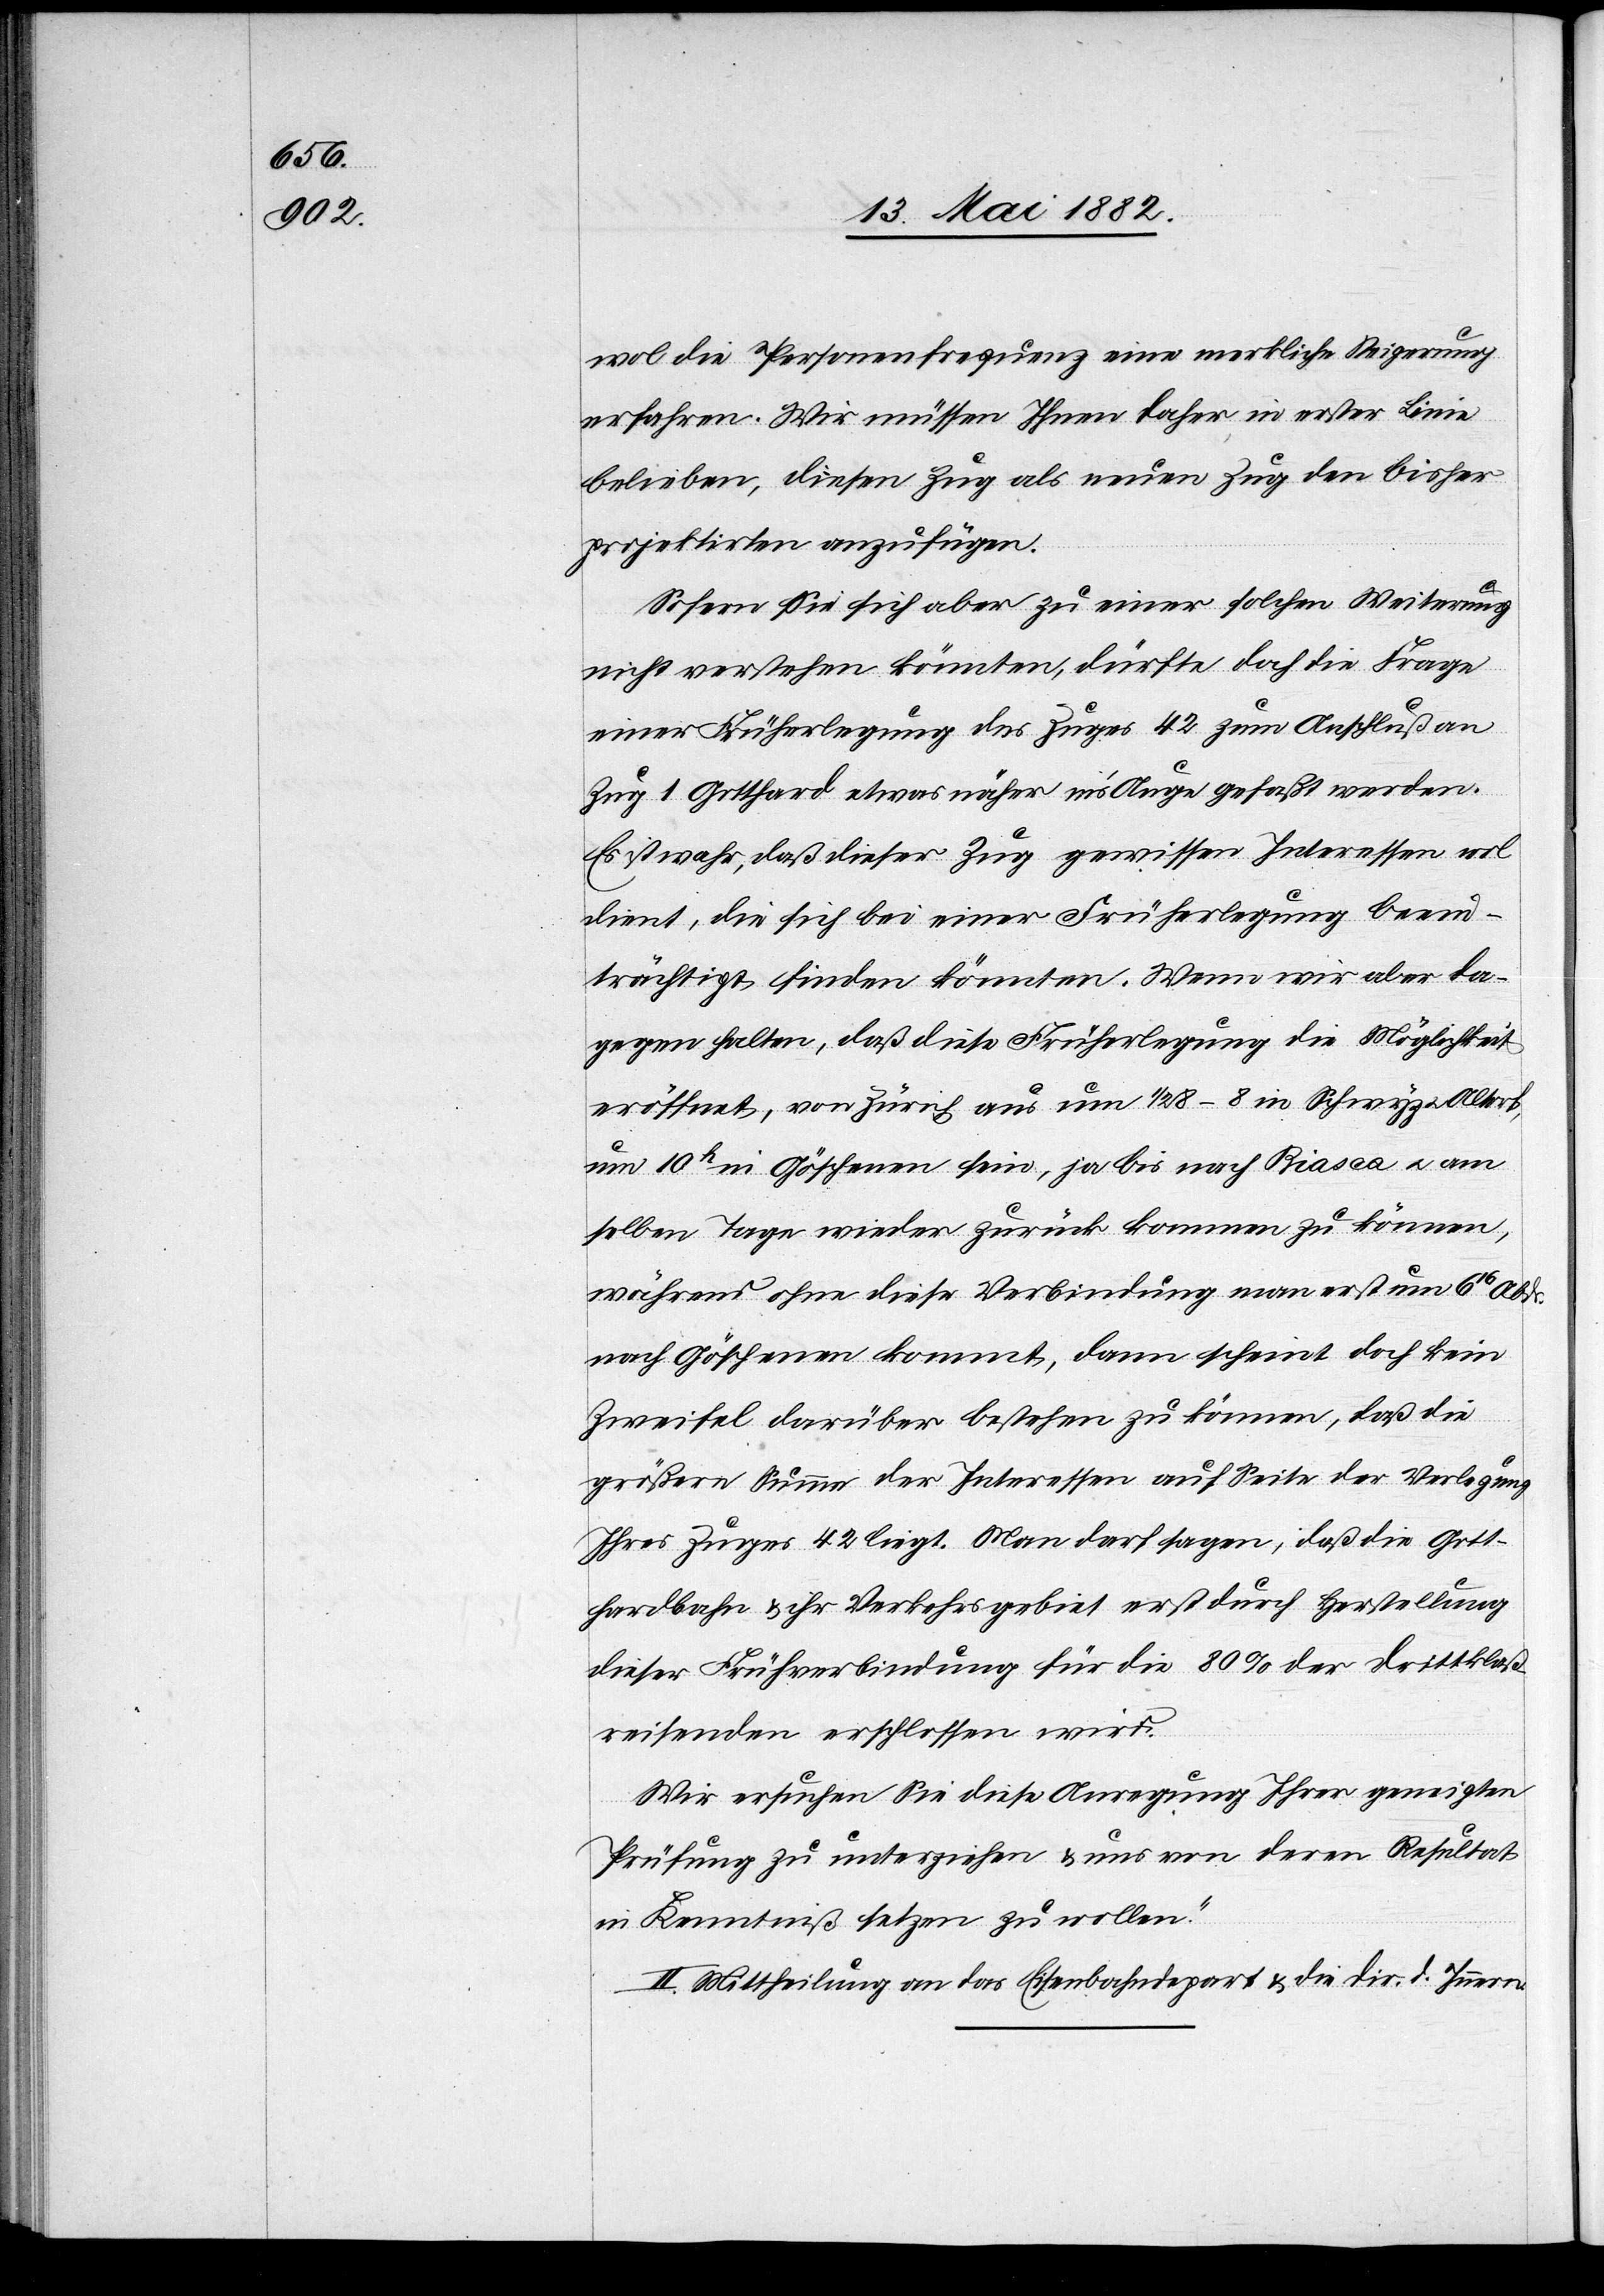
wol die Personenfrequenz eine merkliche Steigerung
erfahren. Wir müssen Ihnen daher in erster Linie
belieben, diesen Zug als neuen Zug den bisher
projektirten anzufügen.
Sofern Sie sich aber zu einer solchen Weisung
nicht verstehen können, dürfte doch die Frage
einer Frühverbindung des Zuges 42 zum Anschluß an
Zug 1 Gotthard etwas näher in’s Auge gefaßt werden.
Es ist wahr, daß dieser Zug gewissen Interessen wol
dient, die sich bei einer Frühverbindung beein¬
trächtigt finden könnten. Wenn wir aber da¬
gegen halten, daß diese Frühverbindung die Möglichkeit
eröffnet, von Zürich aus um 1/2 8–8 in Schwyz & Altorf,
um 10h in Göschenen sein, ja bis nach Biasca u. am
selben Tage wieder zurück kommen zu können,
während ohne diese Verbindung man erst um 616
nach Göschenen kommt, dann scheint doch kein
Zweifel darüber bestehen zu können, daß die
größere Summe der Interessen auf Seite der Verlegung
Ihres Zuges 42 liegt. Man darf sagen, daß die Gott¬
hardbahn & ihr Verkehrsgebiet erst durch Herstellung
dieser Frühverbindung für die 80% der Drittklaß¬
reisenden erschlossen wird.
Wir ersuchen Sie diese Anregung Ihrer geneigten
Prüfung zu unterziehen & uns von deren Resultat
in Kenntniß setzen zu wollen.“
II. Mittheilung an das Eisenbahndepartement & an die Dir. d. Innern.